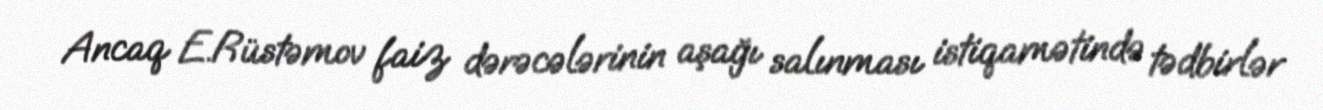
Ancaq E.Rüstəmov faiz dərəcələrinin aşağı salınması istiqamətində tədbirlər